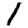
Digit: 1